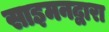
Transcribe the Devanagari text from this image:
साइमनद्वारा